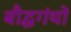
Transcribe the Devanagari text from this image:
बौद्धगंथों